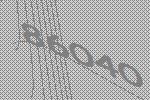
86040